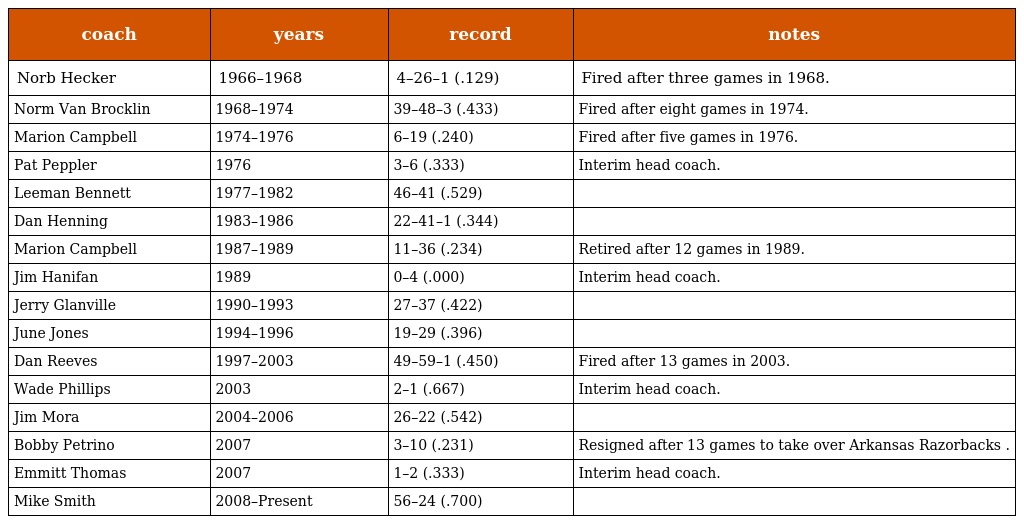
| coach | years | record | notes |
 | --- | --- | --- | --- |
 | Norb Hecker | 1966–1968 | 4–26–1 (.129) | Fired after three games in 1968. |
 | Norm Van Brocklin | 1968–1974 | 39–48–3 (.433) | Fired after eight games in 1974. |
 | Marion Campbell | 1974–1976 | 6–19 (.240) | Fired after five games in 1976. |
 | Pat Peppler | 1976 | 3–6 (.333) | Interim head coach. |
 | Leeman Bennett | 1977–1982 | 46–41 (.529) |  |
 | Dan Henning | 1983–1986 | 22–41–1 (.344) |  |
 | Marion Campbell | 1987–1989 | 11–36 (.234) | Retired after 12 games in 1989. |
 | Jim Hanifan | 1989 | 0–4 (.000) | Interim head coach. |
 | Jerry Glanville | 1990–1993 | 27–37 (.422) |  |
 | June Jones | 1994–1996 | 19–29 (.396) |  |
 | Dan Reeves | 1997–2003 | 49–59–1 (.450) | Fired after 13 games in 2003. |
 | Wade Phillips | 2003 | 2–1 (.667) | Interim head coach. |
 | Jim Mora | 2004–2006 | 26–22 (.542) |  |
 | Bobby Petrino | 2007 | 3–10 (.231) | Resigned after 13 games to take over Arkansas Razorbacks . |
 | Emmitt Thomas | 2007 | 1–2 (.333) | Interim head coach. |
 | Mike Smith | 2008–Present | 56–24 (.700) |  |